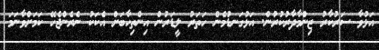
އަޅުވާ ސަރުކާރު ޒިންމާދާރުކުރުން. އަޅުގަނޑުމެން ހަތަރު ލީޑަރުން އިންތިހާބަށް އެކަަކު ނެރެންޖެހޭ ކަމަށްވާނަމަ